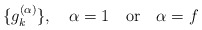
\begin{align*}\{g^{(\alpha)}_k\}, \quad \alpha = 1 \quad {\rm or} \quad \alpha = f\end{align*}